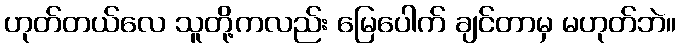
ဟုတ်တယ်လေ သူတို့ကလည်း မြေပေါက် ချင်တာမှ မဟုတ်ဘဲ။